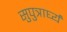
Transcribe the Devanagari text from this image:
सुपुत्रार्घ्यं